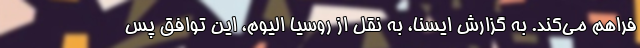
فراهم می‌کند. به گزارش ایسنا، به نقل از روسیا الیوم، این توافق پس